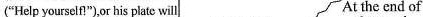
("Help yourself!"),or his plate will At the end of